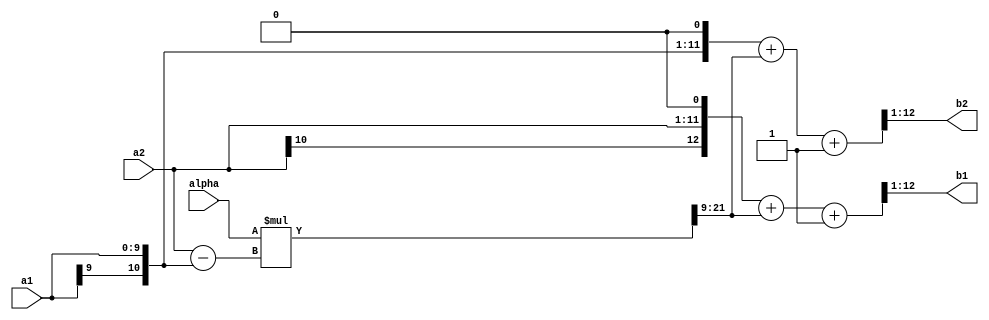
module adaptor_2port0(
    a1,
    a2,
    alpha,
    b1,
    b2
);

parameter D_WID1 = 10,
          D_WID2 = 11,
          D_WID3 = 12,
          D_WID4 = 12;	  

input  [D_WID1-1:0]  a1;
input  [D_WID2-1:0]  a2;
input  [10:0]        alpha;
output [D_WID3-1:0]  b1;
output [D_WID4-1:0]  b2;

wire   [D_WID2-1:0]  temp1;
wire   [D_WID2+10:0] temp2;
wire   [D_WID3:0]  temp3;
wire   [D_WID4:0]  temp4;

assign temp1 = a2 - {{{D_WID2-D_WID1}{a1[D_WID1-1]}},a1};
assign temp2 = $signed(alpha) * $signed(temp1);
assign temp3 = {{{D_WID3-D_WID2}{a2[D_WID2-1]}},a2,1'b0} + temp2[D_WID2+10:9]+1'b1;
assign temp4 = {{{D_WID4-D_WID1}{a1[D_WID1-1]}},a1,1'b0} + temp2[D_WID2+10:9]+1'b1;
assign b1 = temp3[D_WID3:1];
assign b2 = temp4[D_WID4:1];


endmodule

module adaptor_2port1(
    a1,
    a2,
    alpha,
    b1,
    b2
);

parameter D_WID1 = 10,
          D_WID2 = 12,
          D_WID3 = 12,
          D_WID4 = 12;	  

input  [D_WID1-1:0]  a1;
input  [D_WID2-1:0]  a2;
input  [10:0]        alpha;
output [D_WID3-1:0]  b1;
output [D_WID4-1:0]  b2;

wire   [D_WID2-1:0]  temp1;
wire   [D_WID2+10:0] temp2;
wire   [D_WID2:0]  temp3;
wire   [D_WID4:0]  temp4;

assign temp1 = a2 - {{{D_WID2-D_WID1}{a1[D_WID1-1]}},a1};
assign temp2 = $signed(alpha) * $signed(temp1);
assign temp3 = {a2,1'b0} + temp2[D_WID2+10:9]+1'b1;
assign temp4 = {{{D_WID4-D_WID1}{a1[D_WID1-1]}},a1,1'b0} + temp2[D_WID2+10:9]+1'b1;
assign b1 = temp3[D_WID3:1];
assign b2 = temp4[D_WID4:1];


endmodule

module adaptor_2port2(
    a1,
    a2,
    alpha,
    b1,
    b2
);

parameter D_WID1 = 12,
          D_WID2 = 10,
          D_WID3 = 12,
          D_WID4 = 12;	  

input  [D_WID1-1:0]  a1;
input  [D_WID2-1:0]  a2;
input  [10:0]        alpha;
output [D_WID3-1:0]  b1;
output [D_WID4-1:0]  b2;

wire   [D_WID2-1:0]  temp1;
wire   [D_WID1+10:0] temp2;
wire   [D_WID3:0]  temp3;
wire   [D_WID4:0]  temp4;

assign temp1 = {{{D_WID1-D_WID2}{a2[D_WID2-1]}},a2} - a1;
assign temp2 = $signed(alpha) * $signed(temp1);
assign temp3 = {{{D_WID3-D_WID2}{a2[D_WID2-1]}},a2,1'b0} + temp2[D_WID1+10:9]+1'b1;
assign temp4 = {a1,1'b0} + temp2[D_WID2+10:9]+1'b1;
assign b1 = temp3[D_WID3:1];
assign b2 = temp4[D_WID4:1];


endmodule